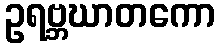
ဥရဗ္ဘဃာတကော